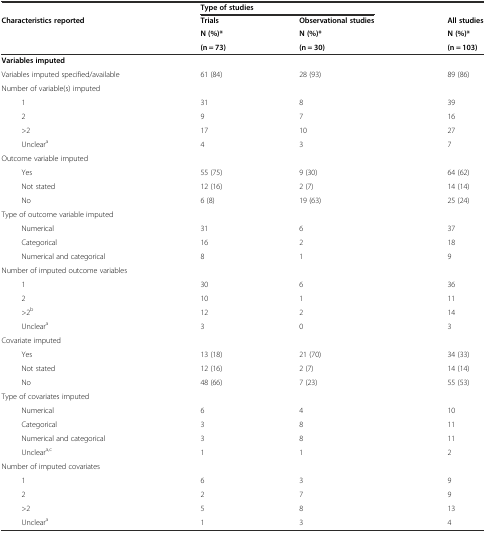
|  | <COLSPAN=2> Type of studies |  |
 | Characteristics reported | Trials | Observational studies | All studies |
 |  | N (%)* | N (%)* | N (%)* |
 |  | (n = 73) | (n = 30) | (n = 103) |
 | --- | --- | --- | --- |
 | Variables imputed |  |  |  |
 | Variables imputed specified/available | 61 (84) | 28 (93) | 89 (86) |
 | Number of variable(s) imputed |  |  |  |
 | 1 | 31 | 8 | 39 |
 | 2 | 9 | 7 | 16 |
 | >2 | 17 | 10 | 27 |
 | Uncleara | 4 | 3 | 7 |
 | Outcome variable imputed |  |  |  |
 | Yes | 55 (75) | 9 (30) | 64 (62) |
 | Not stated | 12 (16) | 2 (7) | 14 (14) |
 | No | 6 (8) | 19 (63) | 25 (24) |
 | Type of outcome variable imputed |  |  |  |
 | Numerical | 31 | 6 | 37 |
 | Categorical | 16 | 2 | 18 |
 | Numerical and categorical | 8 | 1 | 9 |
 | Number of imputed outcome variables |  |  |  |
 | 1 | 30 | 6 | 36 |
 | 2 | 10 | 1 | 11 |
 | >2b | 12 | 2 | 14 |
 | Uncleara | 3 | 0 | 3 |
 | Covariate imputed |  |  |  |
 | Yes | 13 (18) | 21 (70) | 34 (33) |
 | Not stated | 12 (16) | 2 (7) | 14 (14) |
 | No | 48 (66) | 7 (23) | 55 (53) |
 | Type of covariates imputed |  |  |  |
 | Numerical | 6 | 4 | 10 |
 | Categorical | 3 | 8 | 11 |
 | Numerical and categorical | 3 | 8 | 11 |
 | Uncleara,c | 1 | 1 | 2 |
 | Number of imputed covariates |  |  |  |
 | 1 | 6 | 3 | 9 |
 | 2 | 2 | 7 | 9 |
 | >2 | 5 | 8 | 13 |
 | Uncleara | 1 | 3 | 4 |